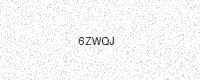
Text: 6ZWQJ